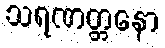
သရဏတ္တနော